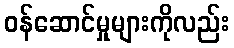
ဝန်ဆောင်မှုများကိုလည်း